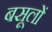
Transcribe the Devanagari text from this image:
बसूलों